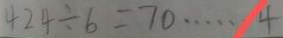
4 2 4 \div 6 = 7 0 \cdots 4